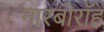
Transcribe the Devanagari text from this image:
नारबोरॉह